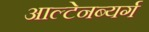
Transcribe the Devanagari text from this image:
आल्टेनब्यर्ग